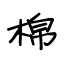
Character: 棉